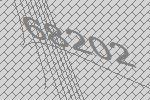
68202